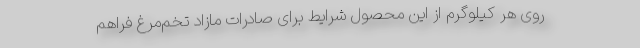
روی هر کیلوگرم از این محصول شرایط برای صادرات مازاد تخم‌مرغ فراهم